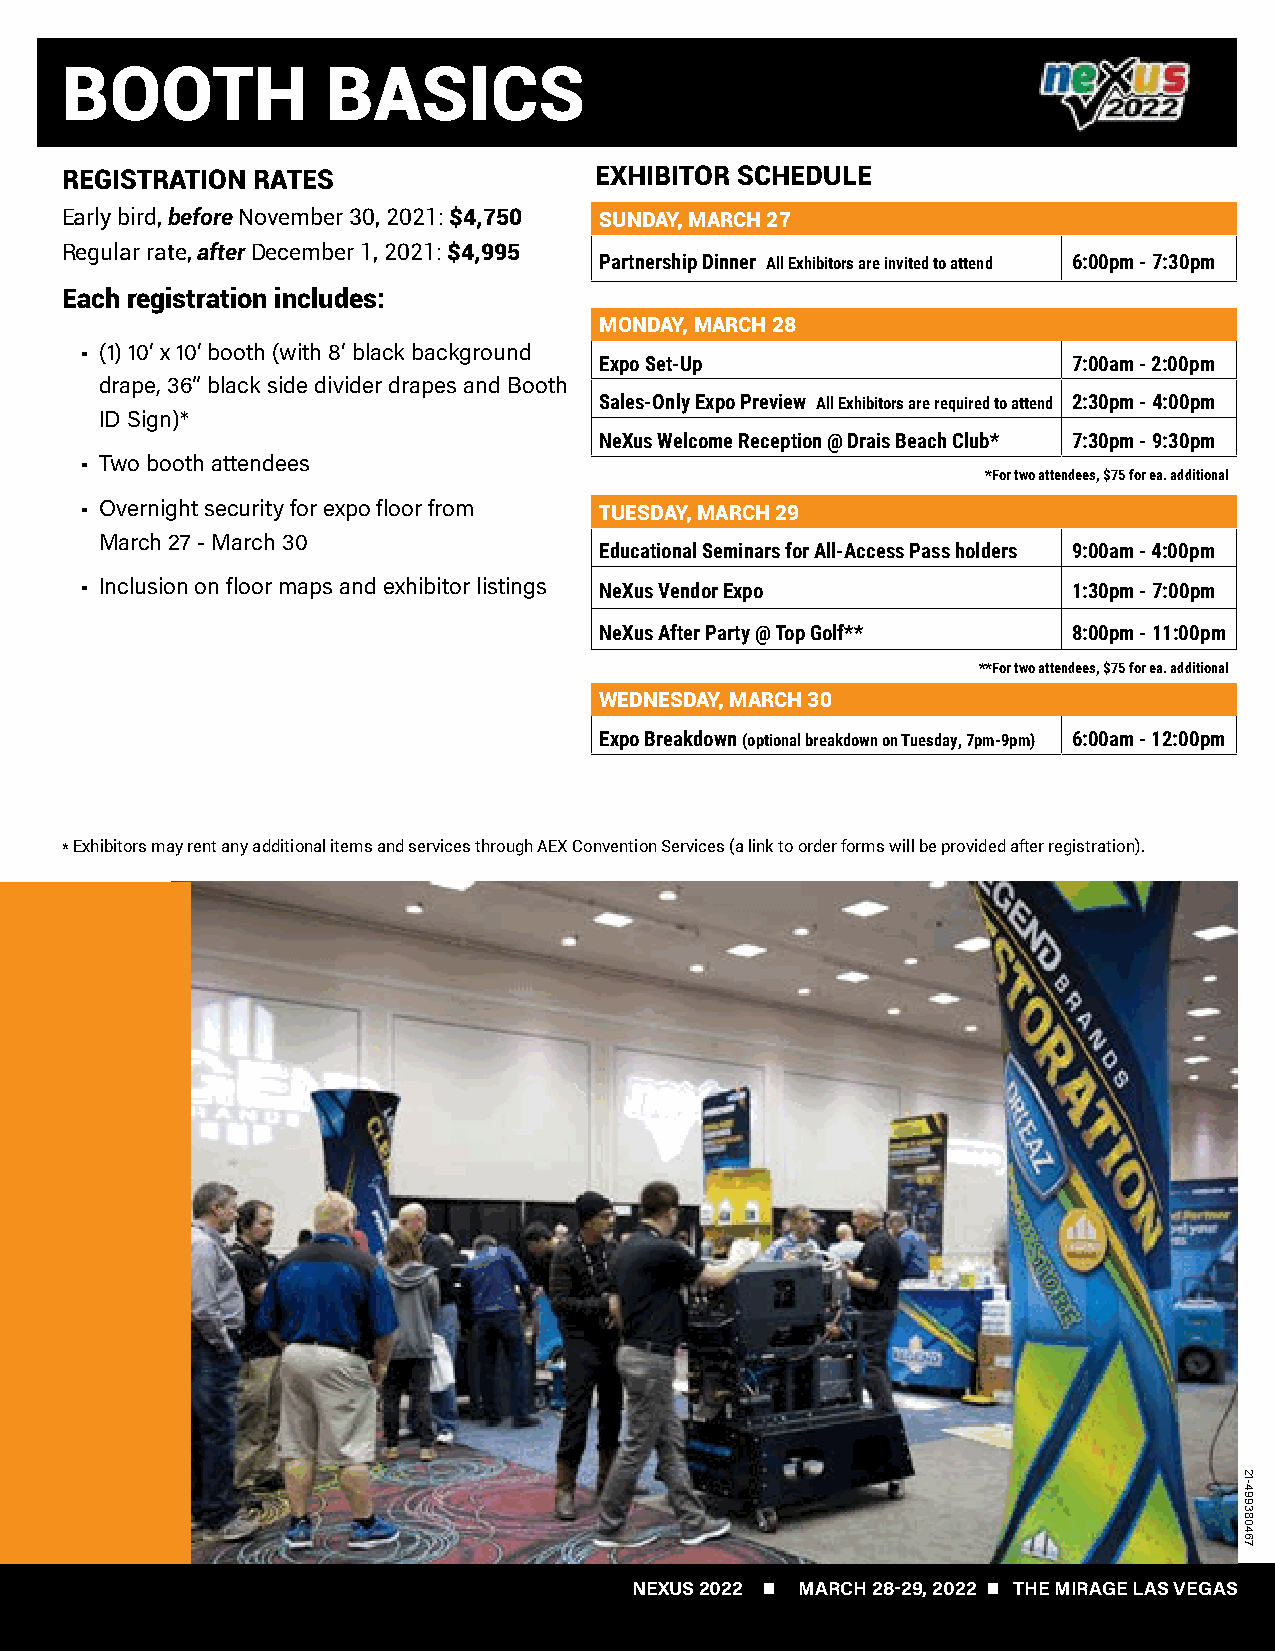
BOOTH             BASICS
 REGISTRATION RATES                 EXHIBITOR SCHEDULE
 Early bird, before November 30, 2021: $4,750 SUNDAY, MARCH 27
 Regular rate, after December 1, 2021: $4,995
 Partnership Dinner All Exhibitors are invited to attend 6:00pm - 7:30pm
 Each registration includes:
 MONDAY, MARCH 28
 • (1) 10’ x 10’ booth (with 8’ black background
 Expo Set-Up                    7:00am - 2:00pm
 drape, 36” black side divider drapes and Booth
 Sales-Only Expo Preview All Exhibitors are required to attend 2:30pm - 4:00pm
 ID Sign)*
 NeXus Welcome Reception @ Drais Beach Club* 7:30pm - 9:30pm
 • Two booth attendees
 *For two attendees, $75 for ea. additional
 • Overnight security for expo floor from TUESDAY, MARCH 29
 March 27 - March 30
 Educational Seminars for All-Access Pass holders 9:00am - 4:00pm
 • Inclusion on floor maps and exhibitor listings
 NeXus Vendor Expo              1:30pm - 7:00pm
 NeXus After Party @ Top Golf** 8:00pm - 11:00pm
 **For two attendees, $75 for ea. additional
 WEDNESDAY, MARCH 30
 Expo Breakdown (optional breakdown on Tuesday, 7pm-9pm) 6:00am - 12:00pm
 * E xhibitors may rent any additional items and services through AEX Convention Services (a link to order forms will be provided after registration).
 NEXUS 2022  MARCH 28-29, 2022  THE MIRAGE LAS VEGAS
 21-499380467